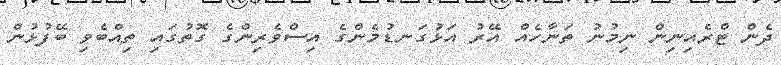
ދެން ޓްރެއިނިން ނިމުނު ތަނާހެއް އޭރު އަޅުގަނޑުމެންގެ އިސްވެރިންގެ ގޮތުގައި ތިއްބެވި ބޭފުޅުން